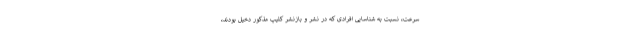
سرعت، نسبت به شناسایی افرادی که در نشر و بازنشر کلیپ مذکور دخیل بودند،